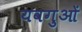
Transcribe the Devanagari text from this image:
यवगुओं